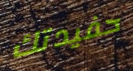
حفيدتك